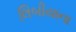
લિબીયાના